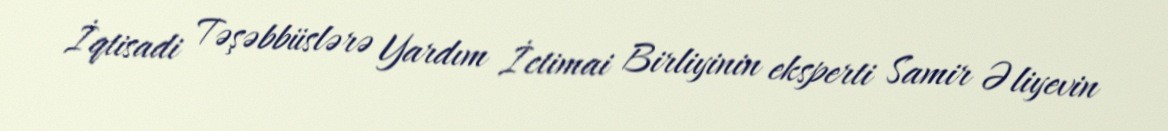
İqtisadi Təşəbbüslərə Yardım İctimai Birliyinin eksperti Samir Əliyevin